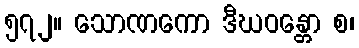
၅၇၂။ သောဏကော ဒီဃဝန္တော စ၊